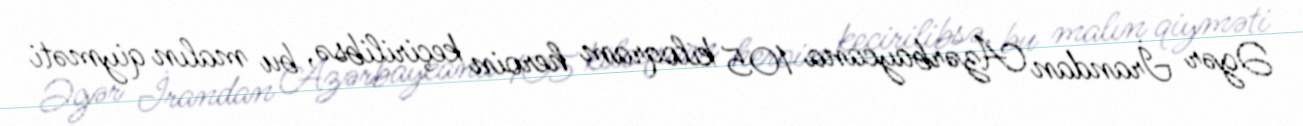
Əgər İrandan Azərbaycana 105 kiloqram heroin keçirilibsə, bu malın qiyməti